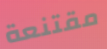
مقتنعة